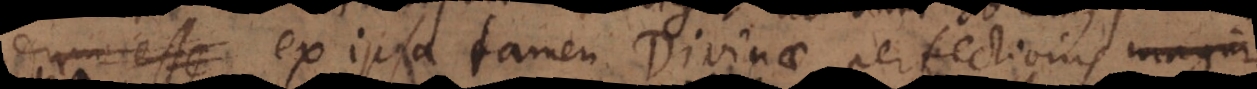
esse ex ipsa tamen Divinae perfectionis magnit